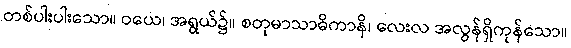
တစ်ပါးပါးသော။ ဝယေ၊ အရွယ်၌။ စတုမာသာဓိကာနိ၊ လေးလ အလွန်ရှိကုန်သော။